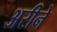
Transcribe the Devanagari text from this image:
अरीने